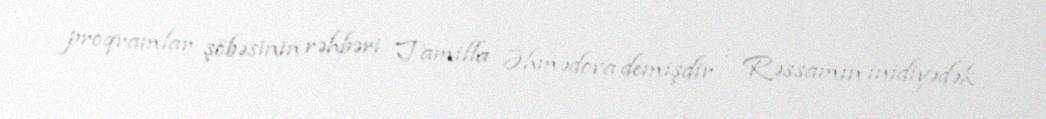
proqramlar şöbəsinin rəhbəri Tamilla Əhmədova demişdir : Rəssamın inidiyədək